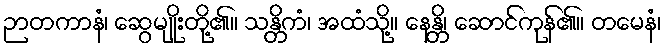
ဉာတကာနံ၊ ဆွေမျိုးတို့၏။ သန္တိကံ၊ အထံသို့။ နေန္တိ၊ ဆောင်ကုန်၏။ တမေနံ၊